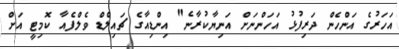
އަހަރުގެ އަންހެން ދަރިފުޅު އަހަންނަށް އަނިޔާކުރާނެ" އިންޑިއާގެ ޗައިލްޑް ވެލްފެއާ ކޮމިޓީ އަށް